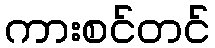
ကားစင်တင်